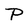
Character: P